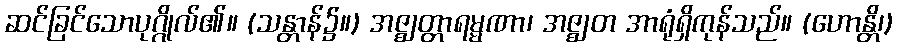
ဆင်ခြင်သောပုဂ္ဂိုလ်၏။ (သန္တာန်၌။) အဇ္ဈတ္တာရမ္မဏာ၊ အဇ္ဈတ အာရုံရှိကုန်သည်။ (ဟောန္တိ၊)